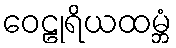
ဝေဠုရိယထမ္ဘံ